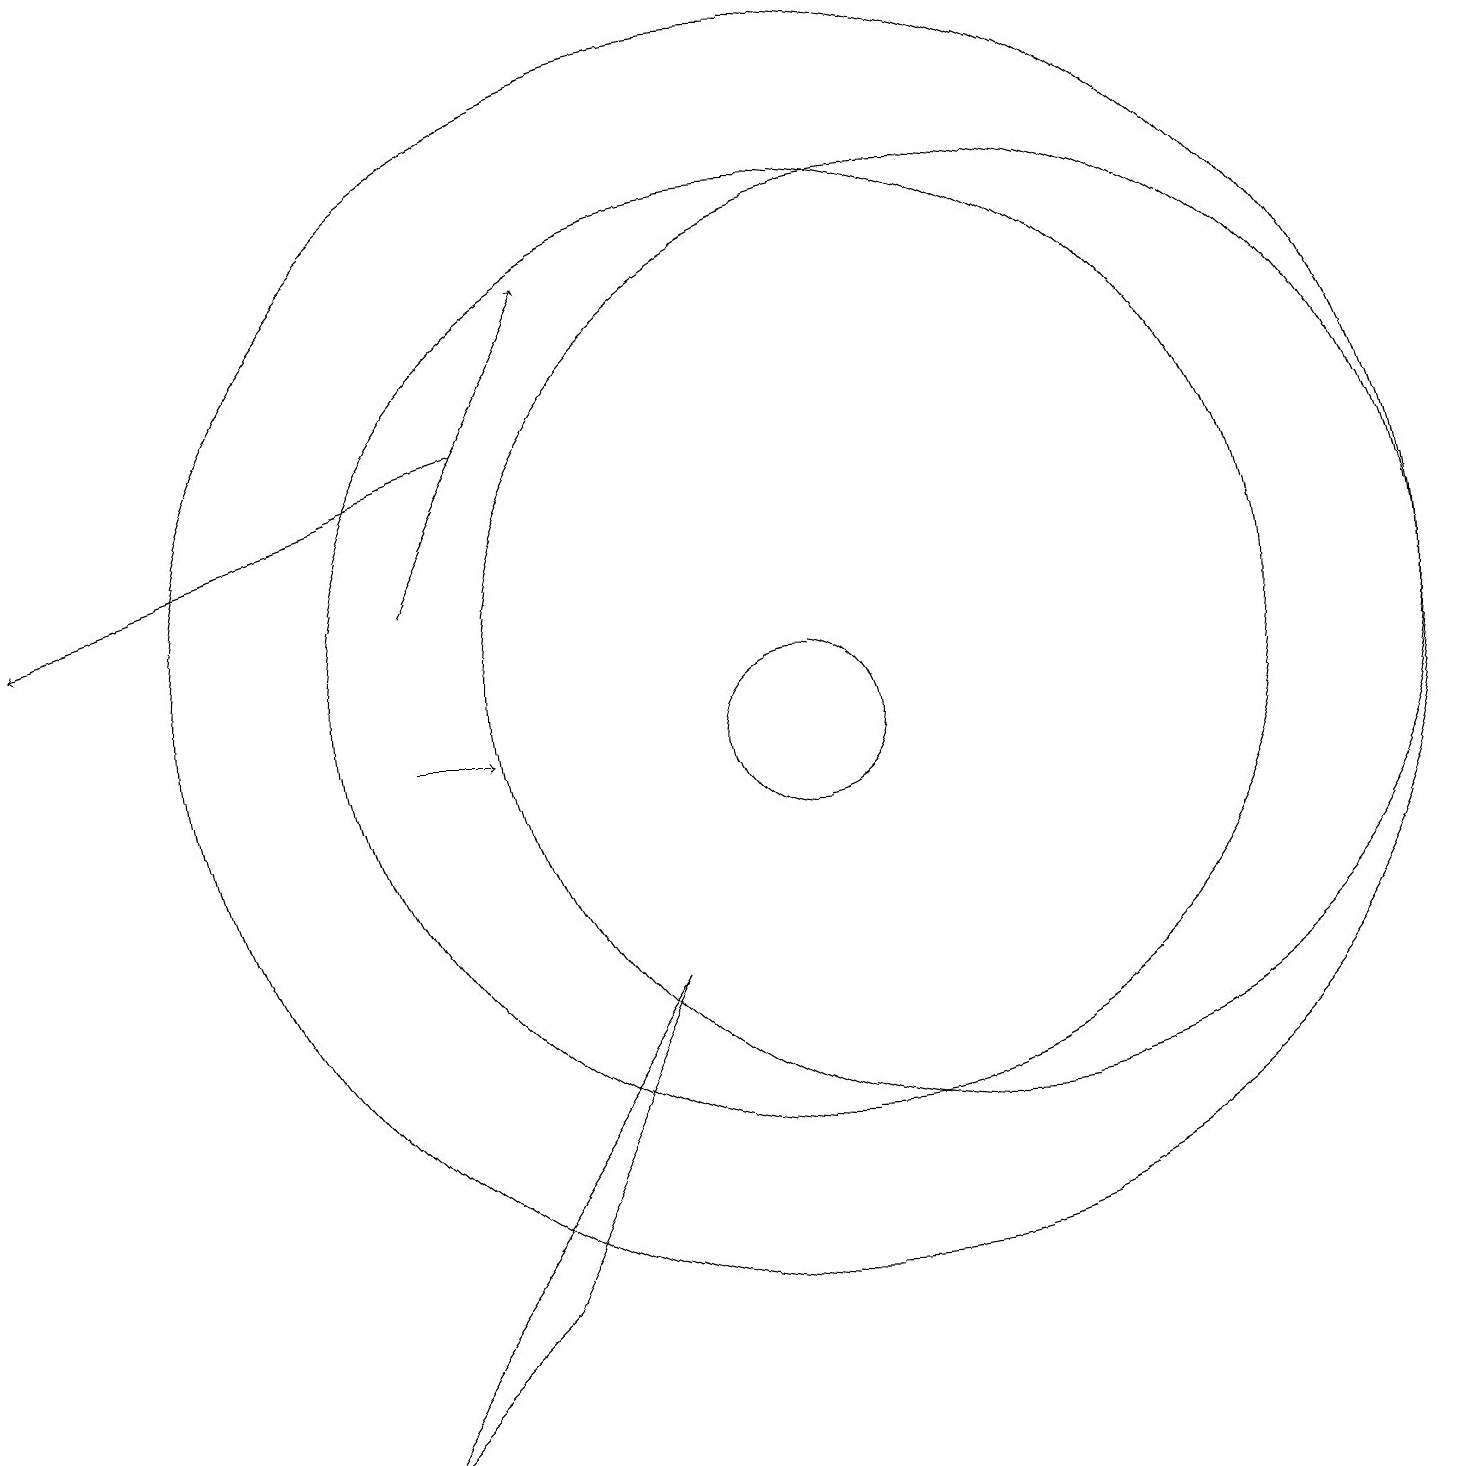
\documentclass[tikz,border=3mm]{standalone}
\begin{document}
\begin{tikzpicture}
\draw[->] (6,14) -- (0,12);
\draw[->] (5,10) -- (6,10);
\draw (10,11) circle (6);
\draw (12,11) circle (6);
\draw (10,11) circle (8);
\draw (10,10) circle (1);
\draw (8,7) -- (4,1) -- (6,3) -- cycle;
\draw[->] (5,12) -- (7,16);
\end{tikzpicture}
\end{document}